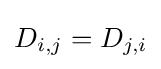
D_{i,j}=D_{j,i}